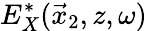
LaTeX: E_{X}^{*}(\vec{x}_{2},z,\omega)